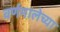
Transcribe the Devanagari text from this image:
वर्णमालेच्या